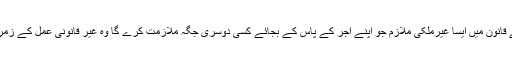
وزارت محنت اور جوازات (محکمہ پاسپورٹ)کے نئے قانون میں ایسا غیرملکی ملازم جو اپنے آجر کے پاس کے بجائے کسی دوسری جگہ ملازمت کرے گا وہ غیر قانونی عمل کے زمرے میں آئے گا اور اس پر وزارت کا قانون لاگو ہوگا ۔